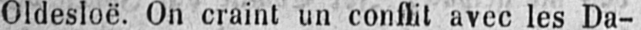
Oldesloë. On craint un conflit avec les Da-